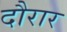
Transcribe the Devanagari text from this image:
दौरार